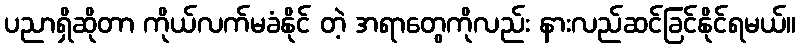
ပညာရှိဆိုတာ ကိုယ်လက်မခံနိုင် တဲ့ အရာတွေကိုလည်း နားလည်ဆင်ခြင်နိုင်ရမယ်။